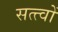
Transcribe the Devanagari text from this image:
सत्त्वों